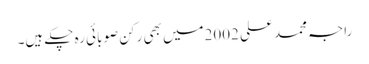
راجہ محمد علی 2002میں بھی رکن صوبائی رہ چکے ہیں۔